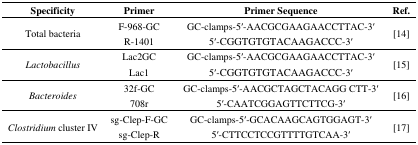
<table><thead><tr><td><b>Specificity</b></td><td><b>Primer</b></td><td><b>Primer Sequence</b></td><td><b>Ref.</b></td></tr></thead><tbody><tr><td rowspan="2">Total bacteria</td><td>F-968-GC</td><td>GC-clamps-5′-AACGCGAAGAACCTTAC-3′</td><td rowspan="2">[14]</td></tr><tr><td>R-1401</td><td>5′-CGGTGTGTACAAGACCC-3′</td></tr><tr><td rowspan="2"><i>Lactobacillus</i></td><td>Lac2GC</td><td>GC-clamps-5′-AACGCGAAGAACCTTAC-3′</td><td rowspan="2">[15]</td></tr><tr><td>Lac1</td><td>5′-CGGTGTGTACAAGACCC-3′</td></tr><tr><td rowspan="2"><i>Bacteroides</i></td><td>32f-GC</td><td>GC-clamps-5′-AACGCTAGCTACAGG CTT-3′</td><td rowspan="2">[16]</td></tr><tr><td>708r</td><td>5′-CAATCGGAGTTCTTCG-3′</td></tr><tr><td rowspan="2"><i>Clostridium</i> cluster IV</td><td>sg-Clep-F-GC</td><td>GC-clamps-5′-GCACAAGCAGTGGAGT-3′</td><td rowspan="2">[17]</td></tr><tr><td>sg-Clep-R</td><td>5′-CTTCCTCCGTTTTGTCAA-3′</td></tr></tbody></table>